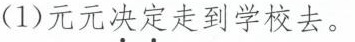
(1)元元决定走到学校去。